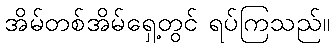
အိမ်တစ်အိမ်ရှေ့တွင် ရပ်ကြသည်။